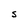
Character: S